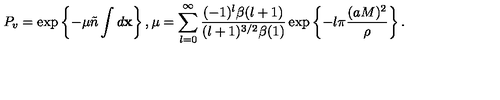
P _ { v } = \exp \left\{ - \mu \tilde { n } \int d { \bf x } \right\} , \mu = \sum _ { l = 0 } ^ { \infty } \frac { ( - 1 ) ^ { l } \beta ( l + 1 ) } { ( l + 1 ) ^ { 3 / 2 } \beta ( 1 ) } \exp \left\{ - l \pi \frac { ( a M ) ^ { 2 } } { \rho } \right\} .